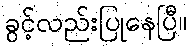
ခွင့်လည်းပြုနေပြီ။